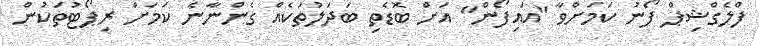
ފްލެގްޝިޕް ފޯނު ކަމަށްވާ "އައިފޯން" އަށް ބޮޑެތި ބަދަލުތަކެއް ގެންނާނެ ކަމަށް ރިޕޯޓުތަކުން